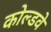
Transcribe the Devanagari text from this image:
कोल्डवे